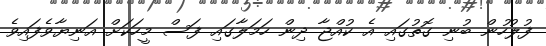
ފުލުހުން ބުނި ގޮތުގައި އެ ކުއްޖާ ދިން ހަމަލާގައި ފަސް މީހަކަށް އަނިޔާވެފައިވެ